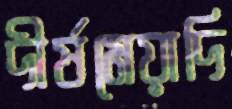
দীর্ষমেয়াদি